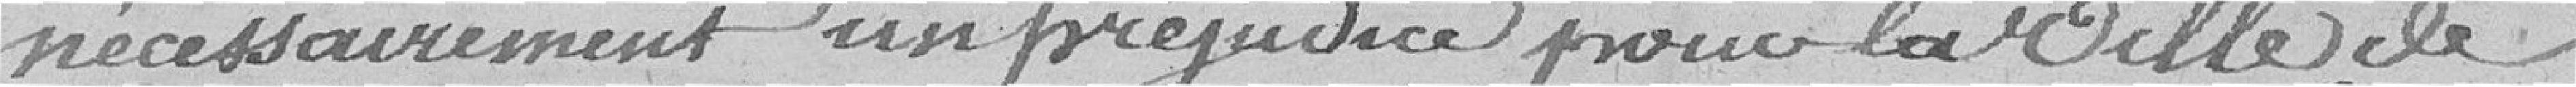
nécessairement un préjudice pour la ville de